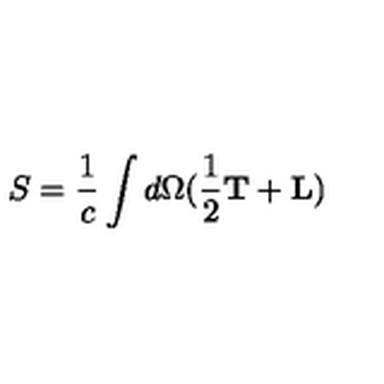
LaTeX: S = \frac { 1 } { c } \int d \Omega ( \frac { 1 } { 2 } { \bf T } + { \bf L } )